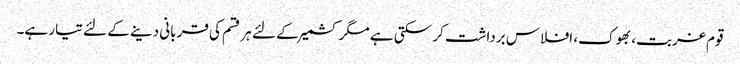
قوم غربت، بھوک، افلاس برداشت کر سکتی ہے مگر کشمیر کے لئے ہر قسم کی قربانی دینے کے لئے تیار ہے۔